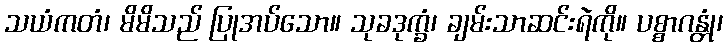
သယံကတံ၊ မိမိသည် ပြုအပ်သော။ သုခဒုက္ခံ၊ ချမ်းသာဆင်းရဲကို။ ပစ္စာဂန္တုံ၊